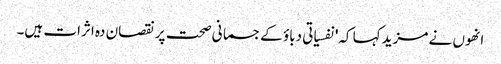
انھوں نے مزید کہا کہ'نفسیاتی دباؤ کےجسمانی صحت پر نقصان دہ اثرات ہیں۔